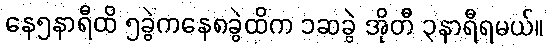
နေ၅နာရီထိ ၅ခွဲကနေ၈ခွဲထိက ၁ဆခွဲ အိုတီ ၃နာရီရမယ်။